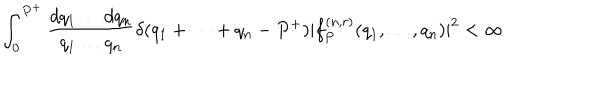
LaTeX: \int _ { 0 } ^ { P ^ { + } } { \frac { d q _ { 1 } \dots d q _ { n } } { q _ { 1 } \dots q _ { n } } } \delta ( q _ { 1 } + \cdots + q _ { n } - P ^ { + } ) | f _ { P } ^ { ( n , r ) } ( q _ { 1 } , \dots , q _ { n } ) | ^ { 2 } < \infty